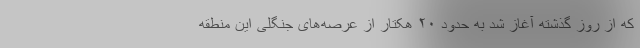
که از روز گذشته آغاز شد به حدود ۲۰ هکتار از عرصه‌های جنگلی این منطقه